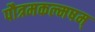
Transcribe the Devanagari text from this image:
पौत्रमकल्मषम्